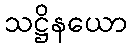
သဋ္ဌိနယော